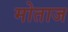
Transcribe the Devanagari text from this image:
मोताज